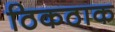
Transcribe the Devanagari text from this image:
ठिकठाक